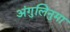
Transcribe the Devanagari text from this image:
अंगुलिनुमा